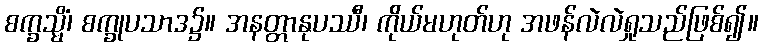
စက္ခသ္မိံ၊ စက္ခုပသာဒ၌။ အနတ္တာနုပဿီ၊ ကိုယ်မဟုတ်ဟု အဖန်လဲလဲရှုသည်ဖြစ်၍။